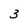
Character: 3